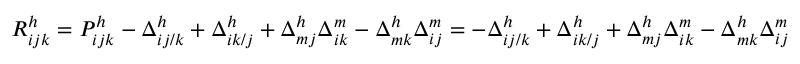
R _ { i j k } ^ { h } = P _ { i j k } ^ { h } - \Delta _ { i j / k } ^ { h } + \Delta _ { i k / j } ^ { h } + \Delta _ { m j } ^ { h } \Delta _ { i k } ^ { m } - \Delta _ { m k } ^ { h } \Delta _ { i j } ^ { m } = - \Delta _ { i j / k } ^ { h } + \Delta _ { i k / j } ^ { h } + \Delta _ { m j } ^ { h } \Delta _ { i k } ^ { m } - \Delta _ { m k } ^ { h } \Delta _ { i j } ^ { m }